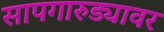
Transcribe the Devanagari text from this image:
सापगारुड्यावर